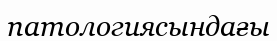
патологиясындағы